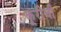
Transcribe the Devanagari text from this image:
कूरीची